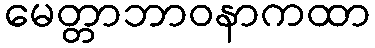
မေတ္တာဘာဝနာကထာ